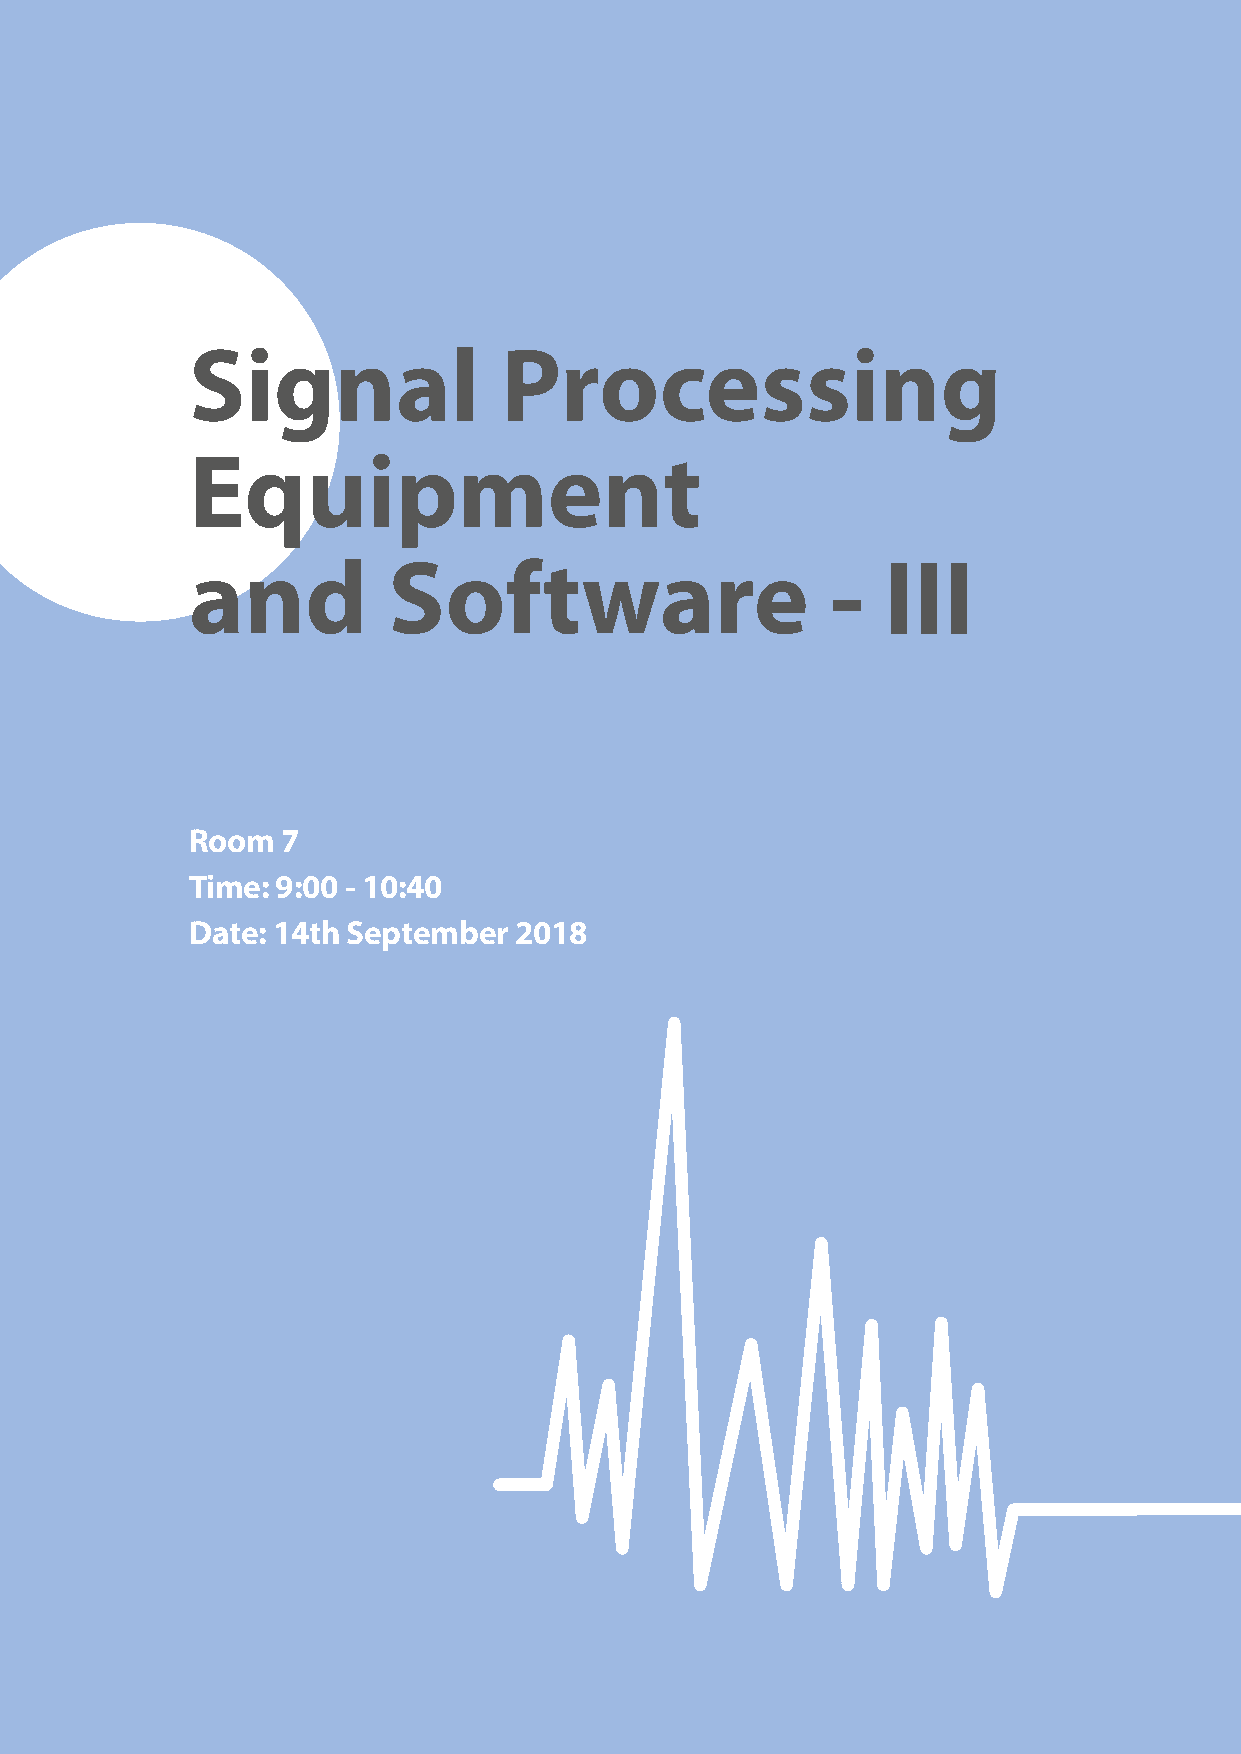
I
 Signal              Processing
 Equipment
 and          Software                     -   III
 Room  7
 Time: 9:00 - 10:40
 Date: 14th September 2018